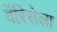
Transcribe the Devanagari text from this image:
वॅरिसेला